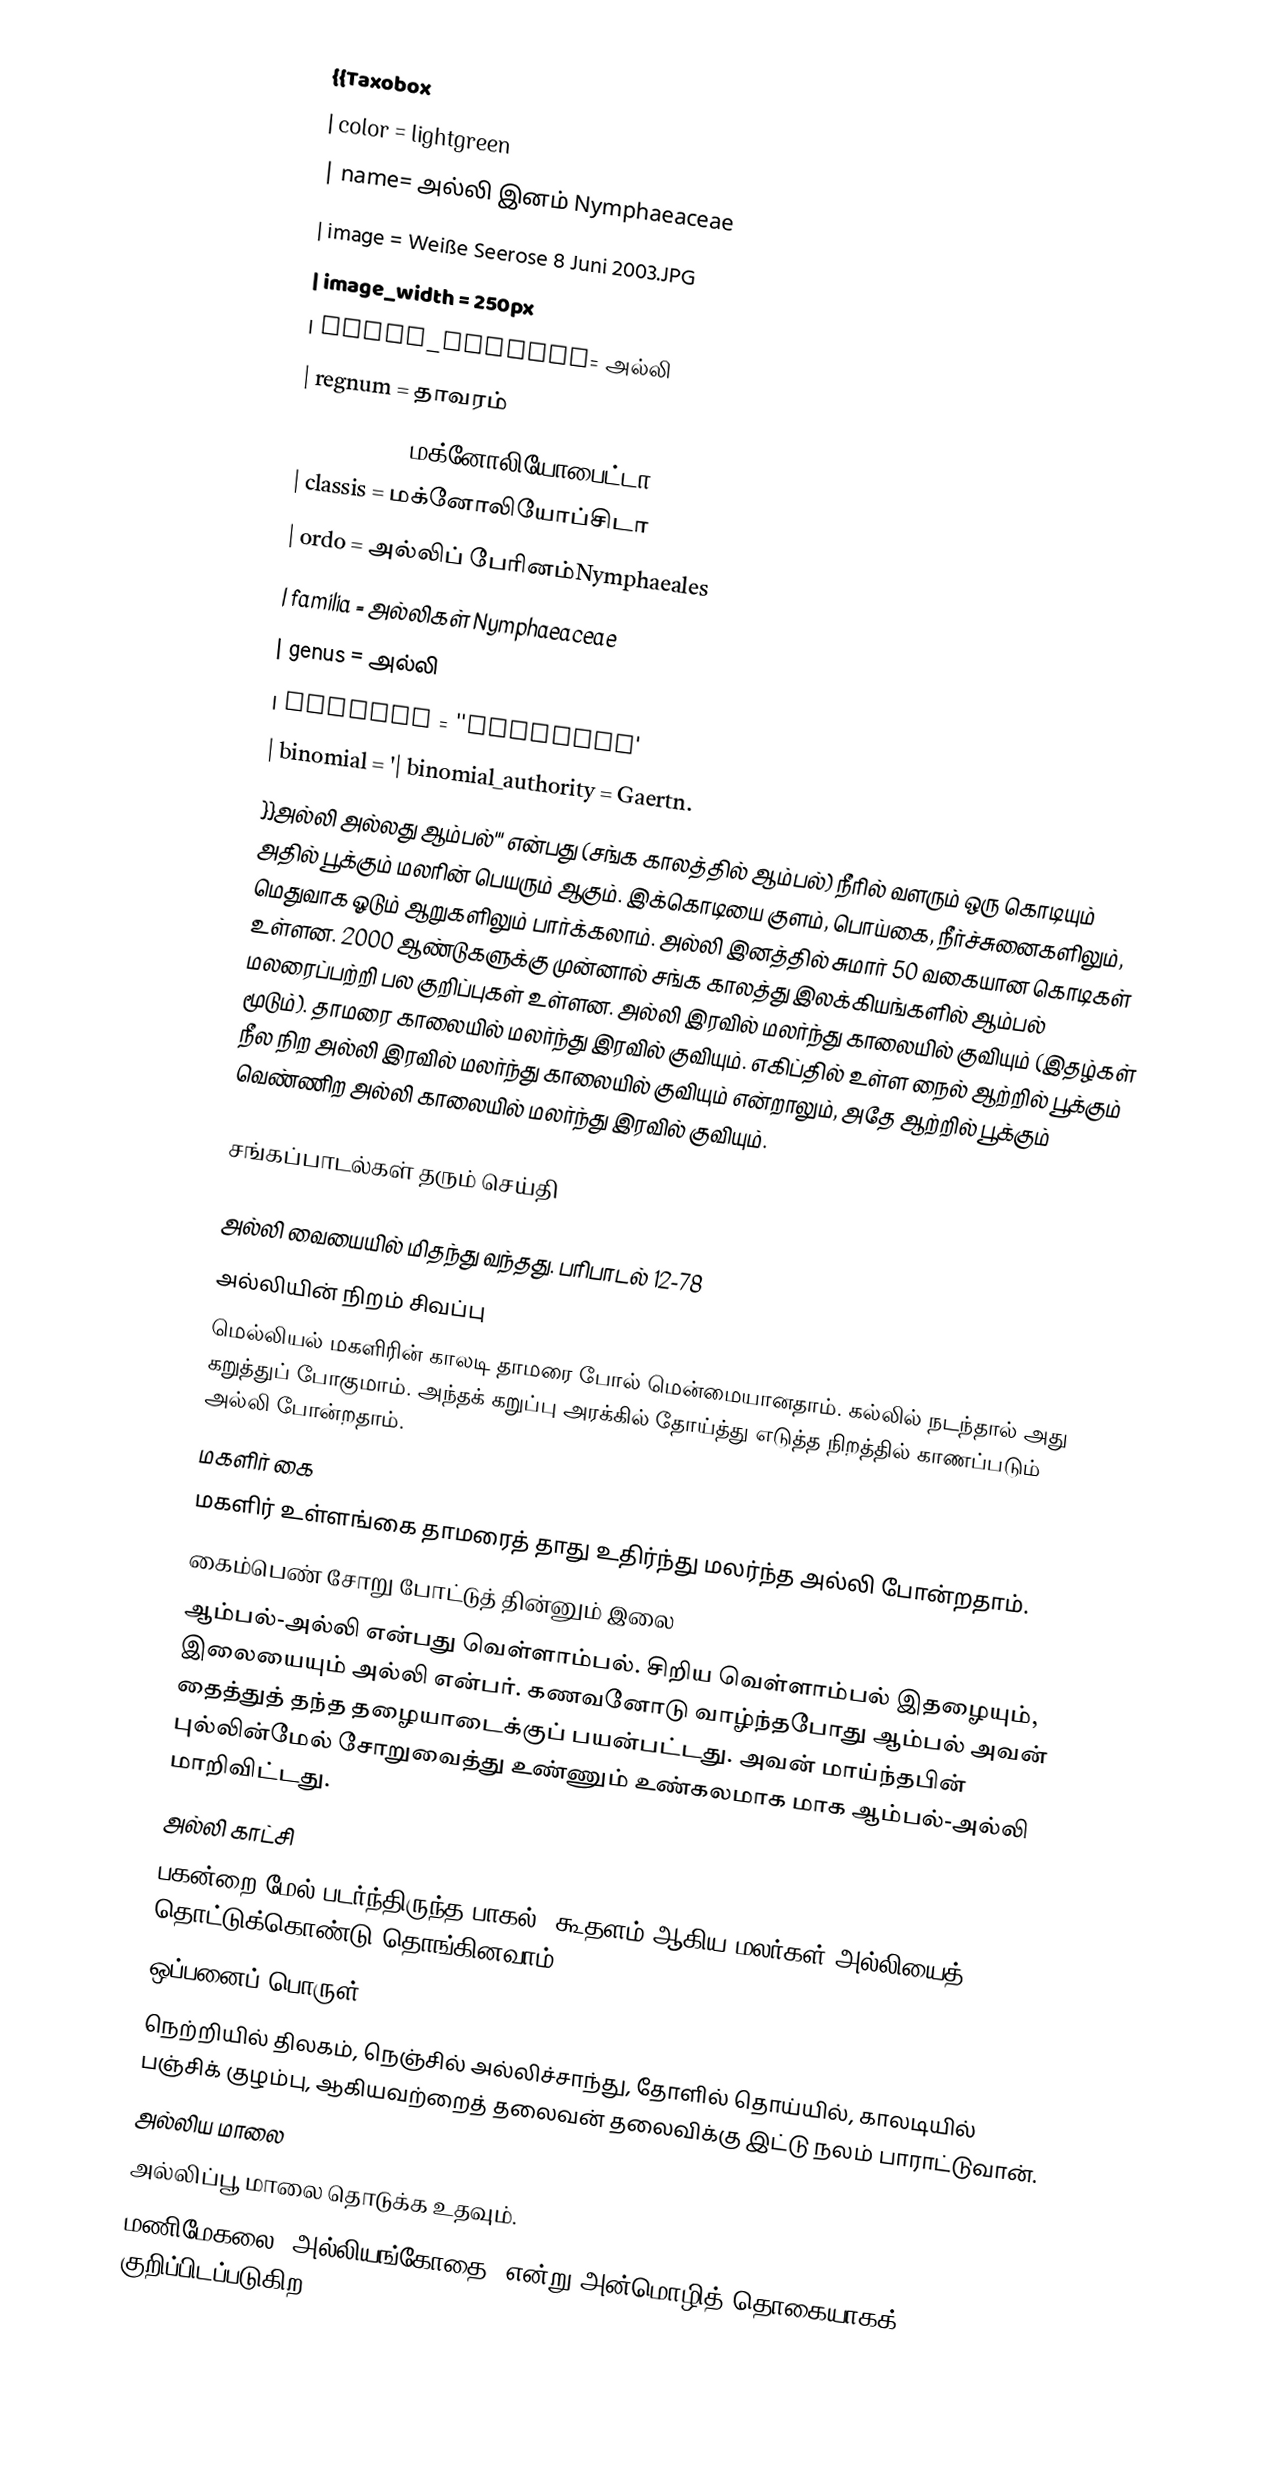
{{Taxobox
| color = lightgreen
| name= அல்லி இனம்  Nymphaeaceae
| image = Weiße Seerose 8 Juni 2003.JPG
| image_width = 250px
| image_caption= அல்லி
| regnum = தாவரம்
| divisio = மக்னோலியோபைட்டா
| classis = மக்னோலியோப்சிடா
| ordo =  அல்லிப் பேரினம்Nymphaeales
| familia = அல்லிகள் Nymphaeaceae
| genus = அல்லி
| species = ''Nymphaea'
| binomial = '| binomial_authority = Gaertn.
}}அல்லி அல்லது ஆம்பல்''' என்பது (சங்க காலத்தில் ஆம்பல்) நீரில் வளரும் ஒரு கொடியும் அதில் பூக்கும் மலரின் பெயரும் ஆகும். இக்கொடியை குளம், பொய்கை, நீர்ச்சுனைகளிலும், மெதுவாக ஓடும் ஆறுகளிலும் பார்க்கலாம். அல்லி இனத்தில் சுமார் 50 வகையான கொடிகள் உள்ளன. 2000 ஆண்டுகளுக்கு முன்னால்  சங்க காலத்து இலக்கியங்களில் ஆம்பல் மலரைப்பற்றி பல குறிப்புகள் உள்ளன. அல்லி இரவில் மலர்ந்து காலையில் குவியும் (இதழ்கள் மூடும்). தாமரை காலையில் மலர்ந்து இரவில் குவியும். எகிப்தில் உள்ள நைல் ஆற்றில் பூக்கும் நீல நிற அல்லி இரவில் மலர்ந்து காலையில் குவியும் என்றாலும், அதே ஆற்றில் பூக்கும் வெண்ணிற அல்லி காலையில் மலர்ந்து இரவில் குவியும்.

சங்கப்பாடல்கள் தரும் செய்தி

அல்லி வையையில் மிதந்து வந்தது. பரிபாடல் 12-78
அல்லியின் நிறம் சிவப்பு
மெல்லியல் மகளிரின் காலடி தாமரை போல் மென்மையானதாம். கல்லில் நடந்தால் அது கறுத்துப் போகுமாம். அந்தக் கறுப்பு அரக்கில் தோய்த்து எடுத்த நிறத்தில் காணப்படும் அல்லி போன்றதாம்.
மகளிர் கை
மகளிர் உள்ளங்கை தாமரைத் தாது உதிர்ந்து மலர்ந்த அல்லி போன்றதாம்.
கைம்பெண் சோறு போட்டுத் தின்னும் இலை
ஆம்பல்-அல்லி என்பது வெள்ளாம்பல். சிறிய வெள்ளாம்பல் இதழையும், இலையையும் அல்லி என்பர். கணவனோடு வாழ்ந்தபோது ஆம்பல் அவன் தைத்துத் தந்த தழையாடைக்குப் பயன்பட்டது. அவன் மாய்ந்தபின் புல்லின்மேல் சோறுவைத்து உண்ணும் உண்கலமாக மாக ஆம்பல்-அல்லி மாறிவிட்டது.
அல்லி காட்சி
பகன்றை மேல் படர்ந்திருந்த பாகல், கூதளம் ஆகிய மலர்கள் அல்லியைத் தொட்டுக்கொண்டு தொங்கினவாம்.
ஒப்பனைப் பொருள்
நெற்றியில் திலகம், நெஞ்சில் அல்லிச்சாந்து, தோளில் தொய்யில், காலடியில் பஞ்சிக் குழம்பு, ஆகியவற்றைத் தலைவன் தலைவிக்கு இட்டு நலம் பாராட்டுவான்.
அல்லிய மாலை
அல்லிப்பூ மாலை தொடுக்க உதவும்.
 மணிமேகலை ‘அல்லியங்கோதை’ என்று அன்மொழித் தொகையாகக் குறிப்பிடப்படுகிற